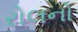
રોલનો